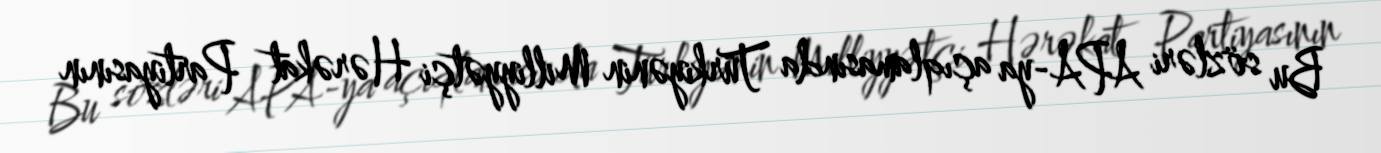
Bu sözləri APA-ya açıqlamasında Türkiyənin Milliyyətçi Hərəkat Partiyasının